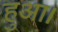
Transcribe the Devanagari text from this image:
हुअा।